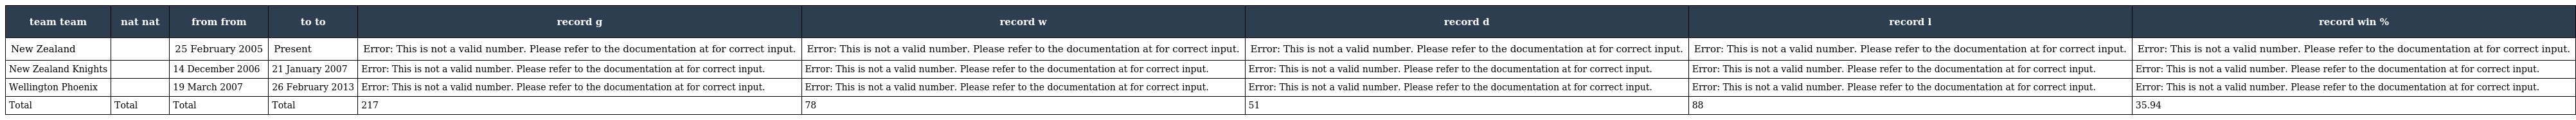
| team team | nat nat | from from | to to | record g | record w | record d | record l | record win % |
 | --- | --- | --- | --- | --- | --- | --- | --- | --- |
 | New Zealand |  | 25 February 2005 | Present | Error: This is not a valid number. Please refer to the documentation at for correct input. | Error: This is not a valid number. Please refer to the documentation at for correct input. | Error: This is not a valid number. Please refer to the documentation at for correct input. | Error: This is not a valid number. Please refer to the documentation at for correct input. | Error: This is not a valid number. Please refer to the documentation at for correct input. |
 | New Zealand Knights |  | 14 December 2006 | 21 January 2007 | Error: This is not a valid number. Please refer to the documentation at for correct input. | Error: This is not a valid number. Please refer to the documentation at for correct input. | Error: This is not a valid number. Please refer to the documentation at for correct input. | Error: This is not a valid number. Please refer to the documentation at for correct input. | Error: This is not a valid number. Please refer to the documentation at for correct input. |
 | Wellington Phoenix |  | 19 March 2007 | 26 February 2013 | Error: This is not a valid number. Please refer to the documentation at for correct input. | Error: This is not a valid number. Please refer to the documentation at for correct input. | Error: This is not a valid number. Please refer to the documentation at for correct input. | Error: This is not a valid number. Please refer to the documentation at for correct input. | Error: This is not a valid number. Please refer to the documentation at for correct input. |
 | Total | Total | Total | Total | 217 | 78 | 51 | 88 | 35.94 |